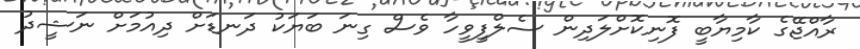
ރާއްޖޭގެ ކާމިޔާބީ ފޮނިކޮށްލަދިން ސެލްފީވީހާ ވެސް ގިނަ ބަޔަކު ދަނޑަށް ދިއުމަށް ނަޝީދު